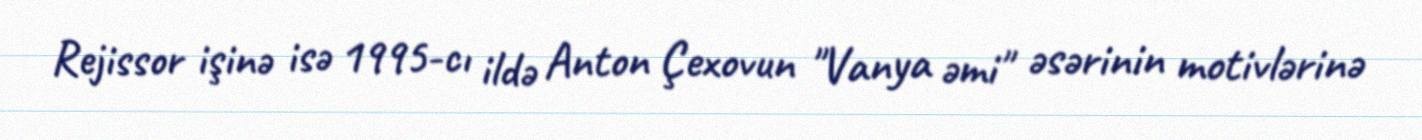
Rejissor işinə isə 1995-cı ildə Anton Çexovun "Vanya əmi" əsərinin motivlərinə